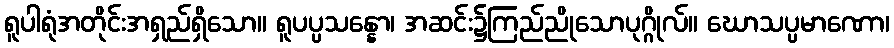
ရူပါရုံအတိုင်းအရှည်ရှိသော။ ရူပပ္ပသန္နော၊ အဆင်း၌ကြည်ညိုသောပုဂ္ဂိုလ်။ ဃောသပ္ပမာဏော၊